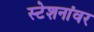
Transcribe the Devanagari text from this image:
स्टेशनांवर